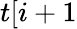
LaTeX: t[i+1